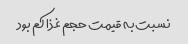
نسبت به قیمت حجم غذا کم بود